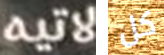
لاتيه كل